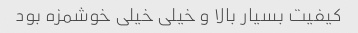
کیفیت بسیار بالا و خیلی خیلی خوشمزه بود